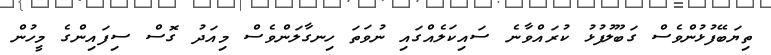
ތިޔަބޭފުޅުންވެސް ގަބޫލުފުޅު ކުރައްވާނެ ސައިކަލެއްގައި ނުވަތަ ހިނގާލަންވެސް މިއަދު ގޮސް ސިފައިންގެ މީހުން